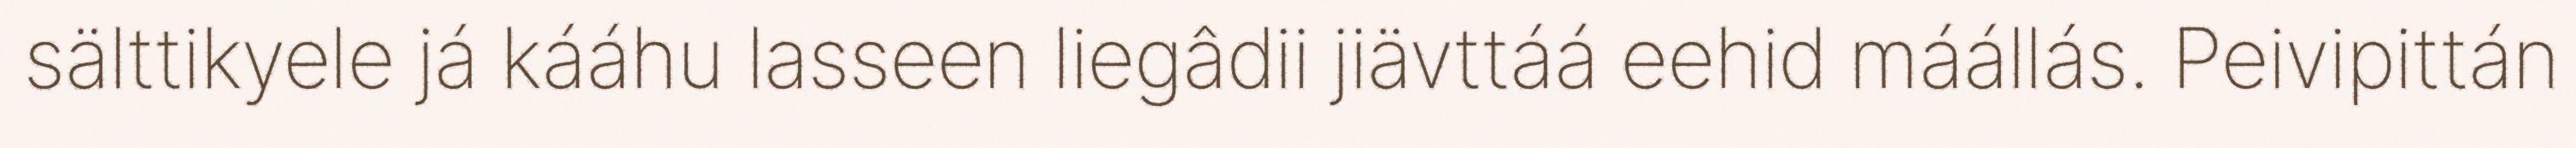
sälttikyele já kááhu lasseen liegâdii jiävttáá eehid máállás. Peivipittán